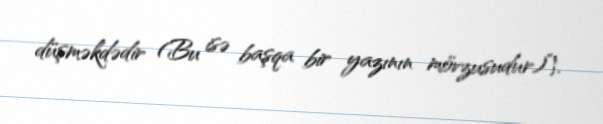
düşməkdədir (Bu isə başqa bir yazının mövzusudur)”¦.